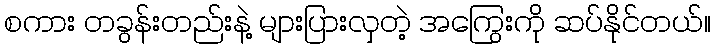
စကား တခွန်းတည်းနဲ့ များပြားလှတဲ့ အကြွေးကို ဆပ်နိုင်တယ်။